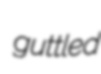
guttled